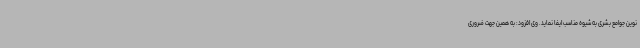
نوین جوامع بشری به شیوه مناسب ایفا نماید. وی افزود: به همین جهت ضروری